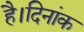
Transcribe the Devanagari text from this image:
है।दिनांक